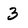
Character: 3